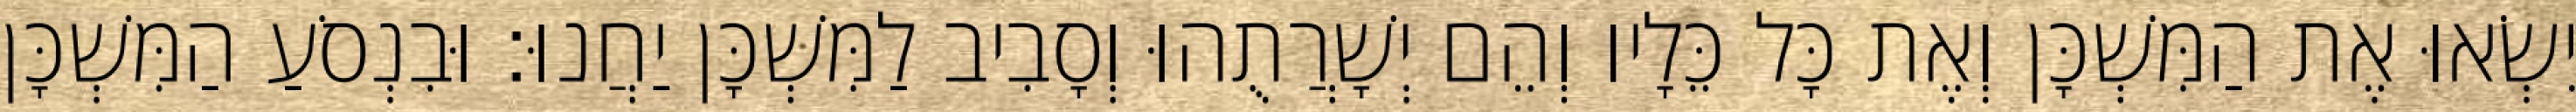
יִשְׂאוּ אֶת הַמִּשְׁכָּן וְאֶת כָּל כֵּלָיו וְהֵם יְשָׁרֲתֻהוּ וְסָבִיב לַמִּשְׁכָּן יַחֲנוּ׃ וּבִנְסֹעַ הַמִּשְׁכָּן